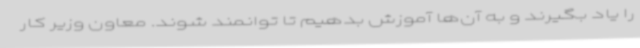
را یاد بگیرند و به آن‌ها آموزش بدهیم تا توانمند شوند. معاون وزیر کار